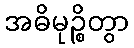
အဓိမုဉ္စိတွာ